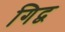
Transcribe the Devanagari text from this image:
गिद्व